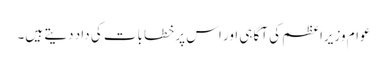
عوام وزیراعظم کی آگاہی اور اس پر خطابات کی داد دیتے ہیں۔